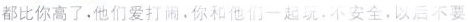
都比你高了，他们爱打闹，你和他们一起玩，不安全，以后不要